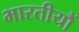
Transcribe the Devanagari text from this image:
भारतीयौं